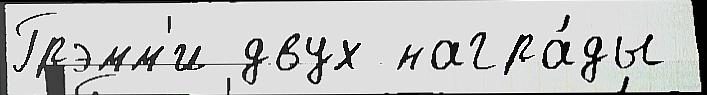
Грэмм'и двух награ́ды